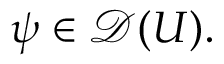
\psi \in { \mathcal { D } } ( U ) .